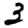
Digit: 3